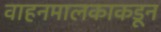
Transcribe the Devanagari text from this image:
वाहनमालकाकडून